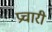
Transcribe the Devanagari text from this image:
प्रचारी